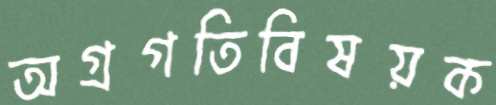
অগ্রগতিবিষয়ক